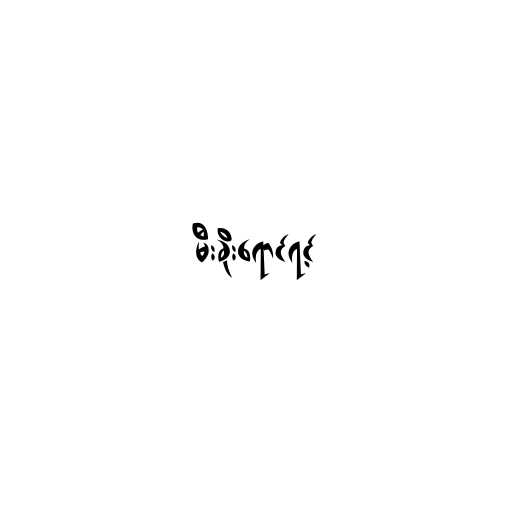
မီးခိုးရောင်ရင့်